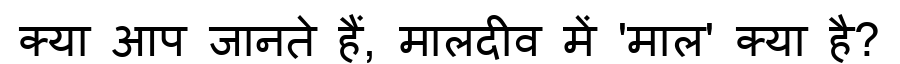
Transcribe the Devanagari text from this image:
क्या आप जानते हैं, मालदीव में 'माल' क्या है?